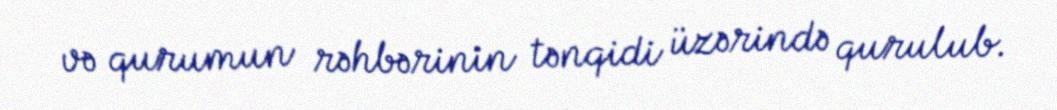
və qurumun rəhbərinin tənqidi üzərində qurulub.